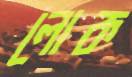
লোক